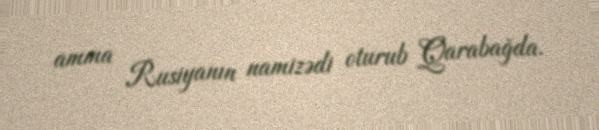
amma Rusiyanın namizədi oturub Qarabağda.